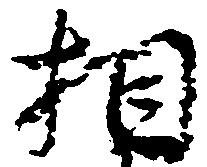
相